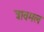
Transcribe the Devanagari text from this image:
त्रावमल